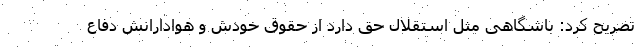
تصریح کرد: باشگاهی مثل استقلال حق دارد از حقوق خودش و هوادارانش دفاع